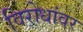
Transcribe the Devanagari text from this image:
विरोधांवर